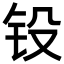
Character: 𨱁